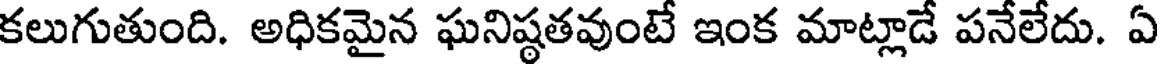
కలుగుతుంది. అధికమైన ఘనిష్ఠతవుంటే ఇంక మాట్లాడే పనేలేదు. ఏ